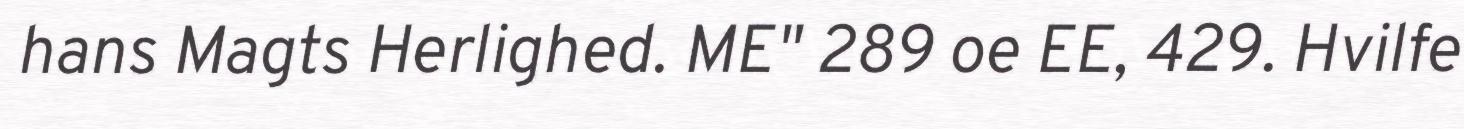
hans Magts Herlighed. ME" 289 oe EE, 429. Hvilfe